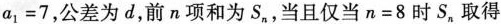
a_{1}=7，公差为d，前n项和为S_{n}，当且仅当n=8时S_{n}取得